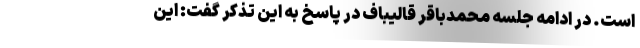
است. در ادامه جلسه محمدباقر قالیباف در پاسخ به این تذکر گفت: این